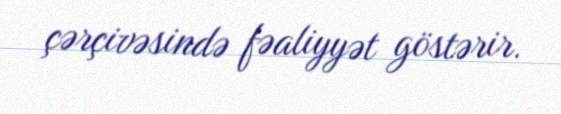
çərçivəsində fəaliyyət göstərir.